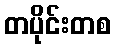
တပိုင်းတစ